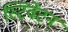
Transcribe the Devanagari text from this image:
स्टिवेंटन